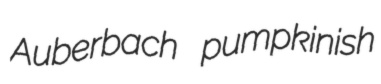
Auberbach pumpkinish